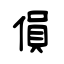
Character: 傊